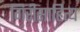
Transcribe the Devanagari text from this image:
गिरीसाहित्य